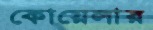
কোয়েলার